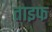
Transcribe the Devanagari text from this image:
ताइफ